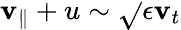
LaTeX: \mathbf{v}_{\parallel}+u\sim\sqrt{}{{\epsilon}}\mathbf{v}_{t}